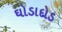
ઘોડાદોડ